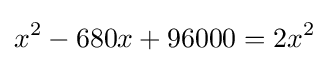
x^{2}-680x+96000=2x^{2}